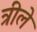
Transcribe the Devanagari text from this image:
त्रीले